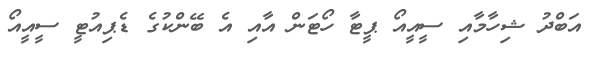
އަބްދު ޝިހާމާއި ސީއީއޯ ޕީޓާ ހޯޓަން އާއި އެ ބޭންކުގެ ޑެޕިއުޓީ ސީއީއޯ